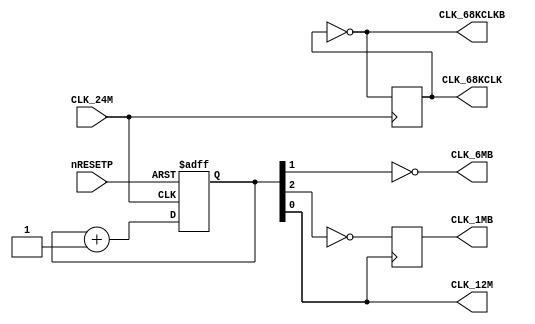
// SNK NEO-273 chip logic
// Part of SNKVerilog
// 2016 furrtek

module clocks(
	input CLK_24M,
	input nRESETP,
	output CLK_12M,
	output reg CLK_68KCLK = 1'b0,
	output CLK_68KCLKB,
	output CLK_6MB,
	output reg CLK_1MB
	);
	
	reg [2:0] CLK_DIV;
	wire CLK_3M;
	
	always @(posedge CLK_24M)
		CLK_68KCLK <= ~CLK_68KCLK;
	
	assign CLK_68KCLKB = ~CLK_68KCLK;
	
	always @(negedge CLK_24M or negedge nRESETP)
	begin
		if (!nRESETP)
			CLK_DIV <= 3'b100;
		else
			CLK_DIV <= CLK_DIV + 1'b1;
	end
	
	assign CLK_12M = CLK_DIV[0];
	assign CLK_6MB = ~CLK_DIV[1];
	assign CLK_3M = CLK_DIV[2];
	
	always @(posedge CLK_12M)
		CLK_1MB <= ~CLK_3M;
	
endmodule